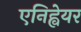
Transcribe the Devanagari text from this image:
एनिह्वेयर